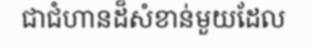
ជាជំហានដ៏សំខាន់មួយដែល